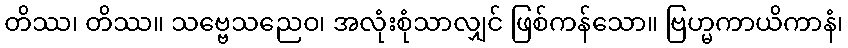
တိဿ၊ တိဿ။ သဗ္ဗေသညေဝ၊ အလုံးစုံသာလျှင် ဖြစ်ကန်သော။ ဗြဟ္မကာယိကာနံ၊